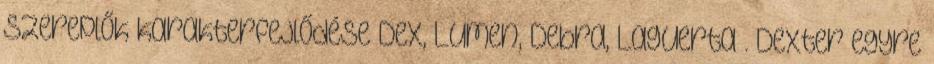
szereplők karakterfejlődése Dex, Lumen, Debra, Laguerta . Dexter egyre